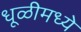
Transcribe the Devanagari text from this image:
धूळीमध्ये